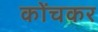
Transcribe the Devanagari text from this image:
कोंचकर